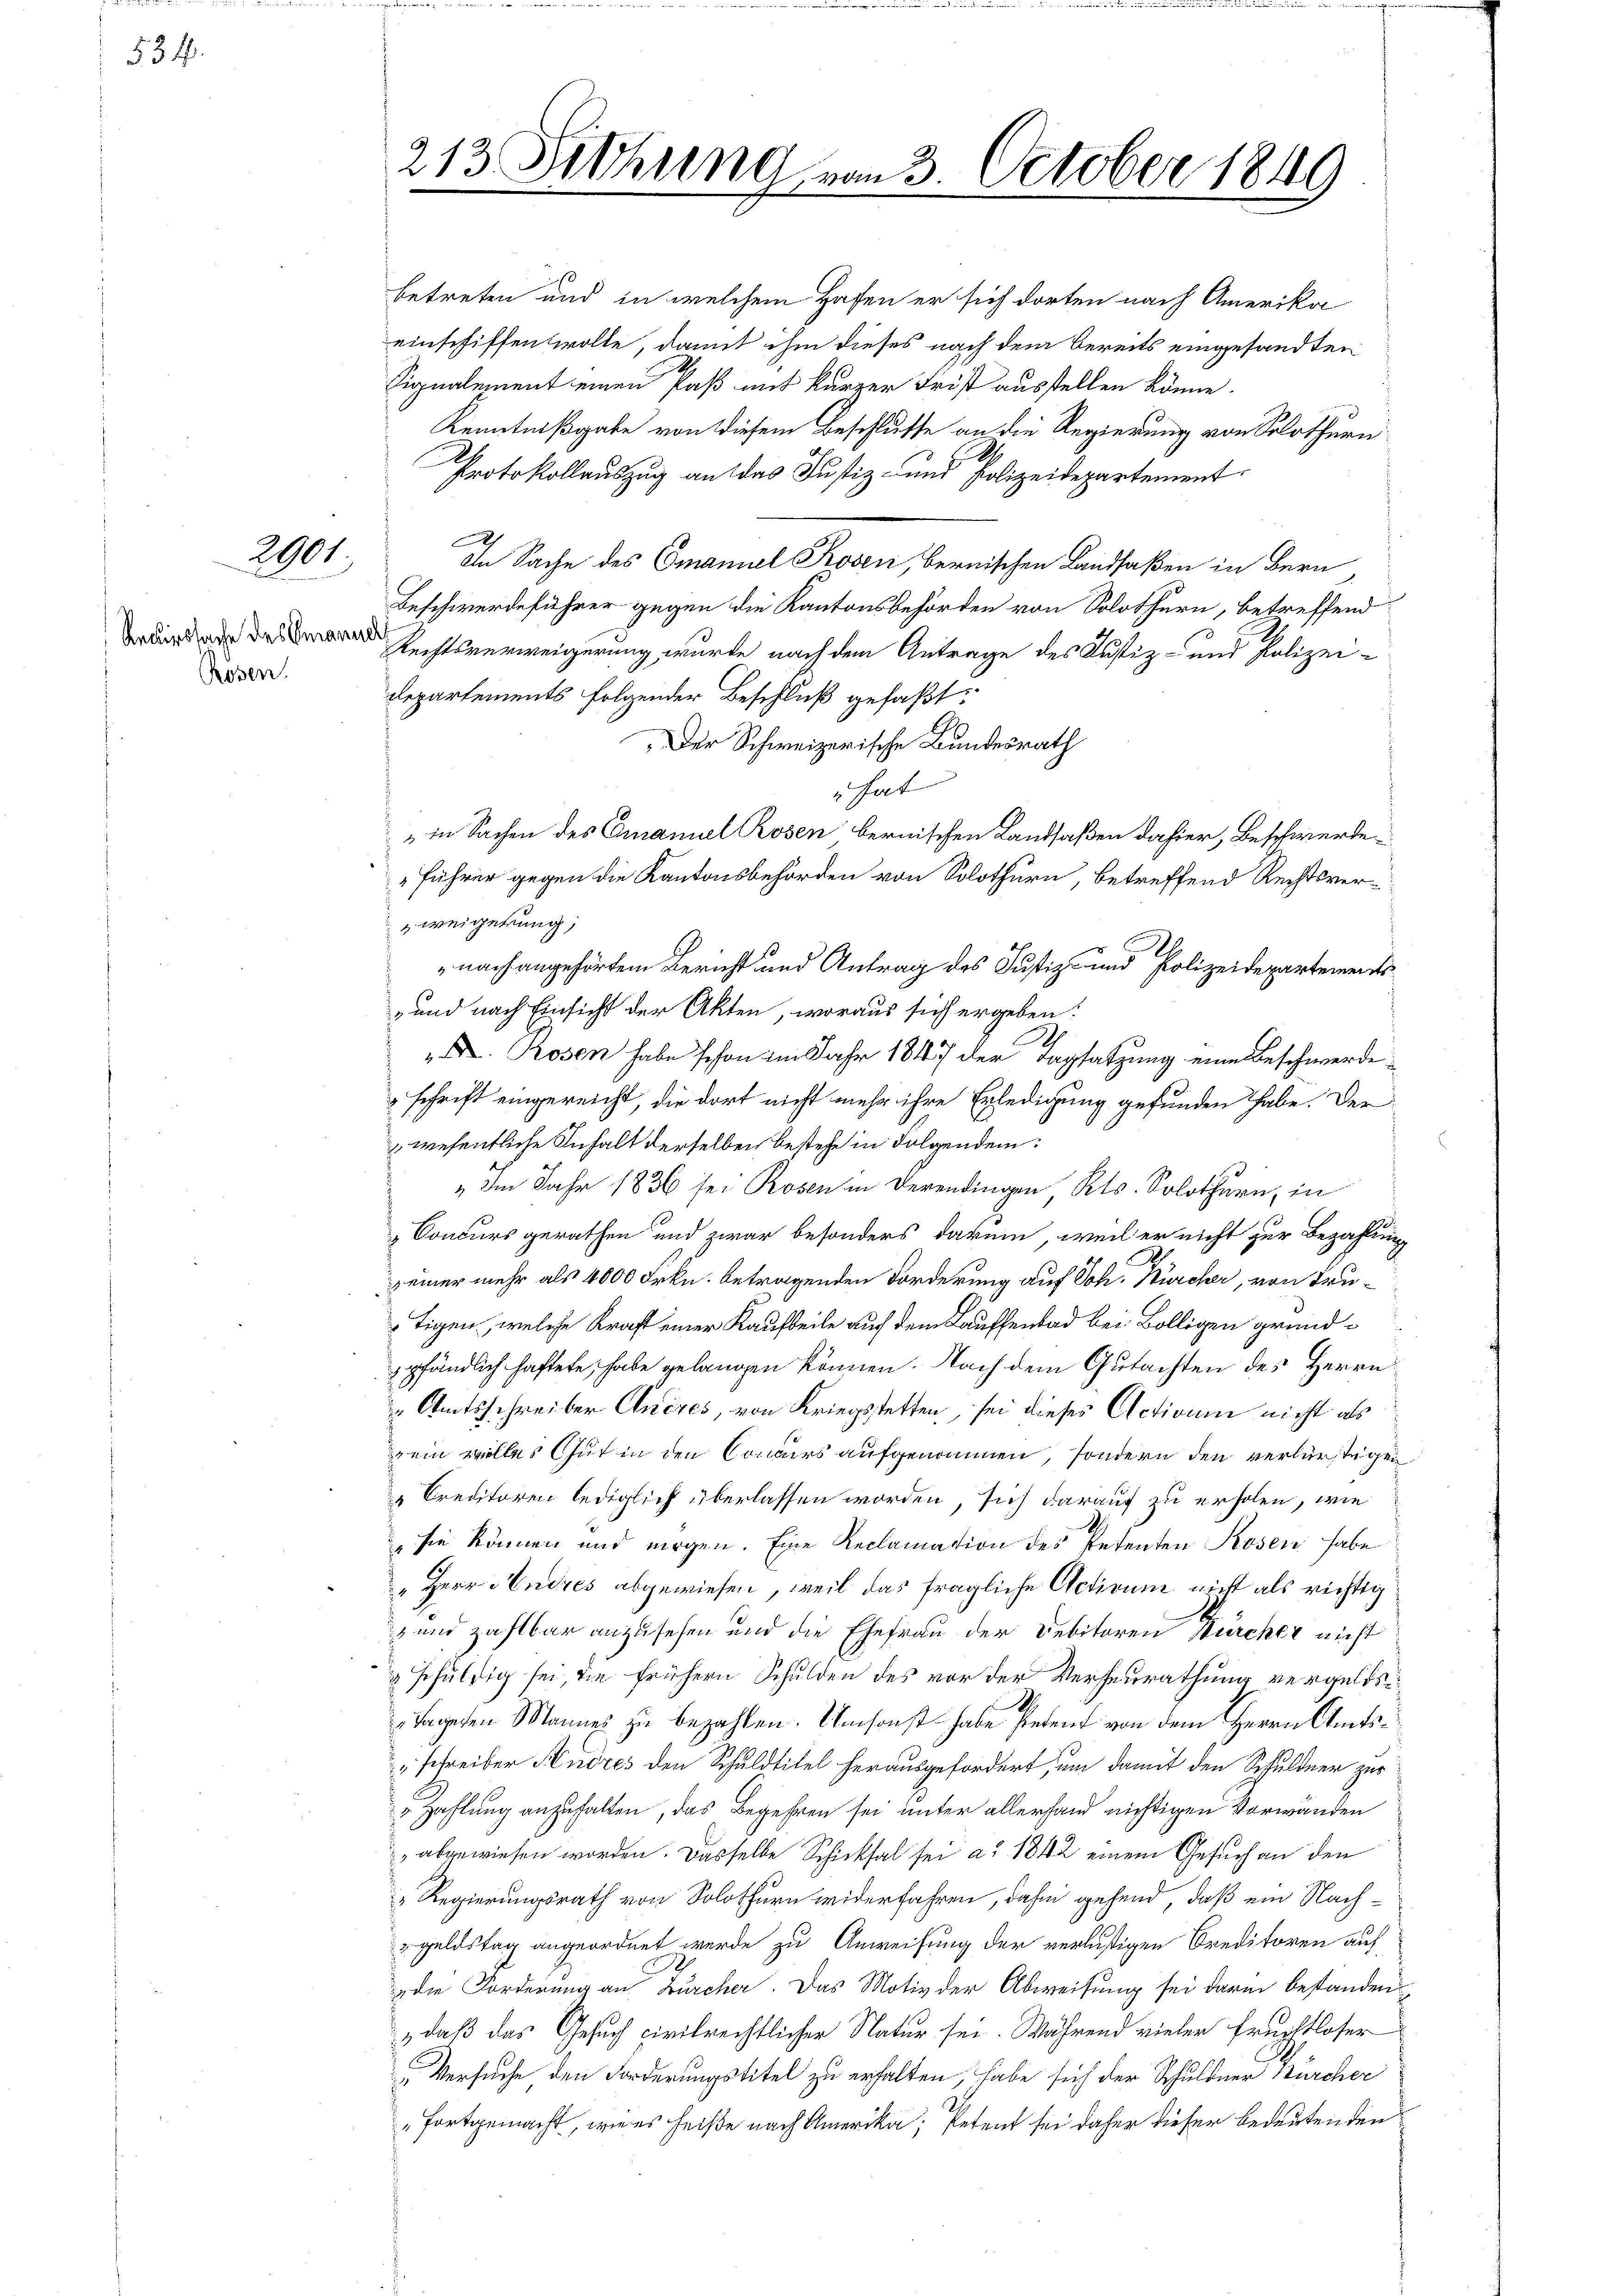
534.

2901

Recurssache des Emanuer
Rösen.

betreten und in welchem Hafen er sich dorten nach Amerika
einschiffen wolle, damit ihm dieses nach dem bereits eingesandten
Signalement einen Paß mit kurzer Frist ausstellen könne.
Kenntnißgabe von diesem Beschlusse an die Regierung von Solothurn
Protokollauszug an das Justiz- und Polizeidepartement
h
In Sache des Emanuel Rosen, bernischen Landsaßen in Bern
Beschwerdeführer gegen die Kantonsbehörden von Solothurn, betreffend
Rechtsverweigerung wurde nach dem Antrage des Justiz- und Polizei-
Departements folgender Beschluß gefaßt:
Der Schweizerische Bundesrath
" hat
" in Sachen des Emanuel Rosen bernischen Landsaßen dahier, Beschwerde
Führer gegen die Kantonsbehörden von Solothurn, betreffend Rechtsver¬
 Weigerung,
nach angehörden Bericht und Antrag des Justiz- und Polizeidepartements
und nach Einsicht der Akten, woraus sich ergeben:
2
" Dr. Rosen habe schon im Jahr 1847 der Tagsatzung eine Beschwerde
schrift eingereicht, die dort nicht mehr ihre Erledigung gefunden habe. Der
wesentliche Inhalt derselben bestehe in Folgendem:
„ Im Jahr 1836 sei Rosen in derendingen Kts. Solothurn, in
 Concurs gerathen und zwar besonders darum, weil er nicht zur Bezahlung
 einer mehr als 4000 Frkn. betragenden Forderung auf Joh. Bürcher, von Trutigen, welche Kraft einer Kaufteile auf dem Lauffenbad bei Bolligen grundpfändlich haftete, habe gelangen können. Nach dem Gutachten des Herrn
 Amtsschreiber Aneres, von Kriegsstetten, sei dieses Activum nicht als
ein wolles Gut in den Concurs aufgenommen, sondern den verlürstigen
Creditoren lediglich überlassen worden, sich darauf zu erholen, wie
sie können und nirgen. Eine Reclamation des Petenten Rosen habe
„Herr Andres abgewiesen, weil das fragliche Activum nicht als richtig
z und zahlbar anzusehen und die Ehefrau der Debitoren Bürcher nicht
 schuldig sei die frühern Schulden des vor der Verheurathung vergelesi¬
Tapeten Mannes zu bezahlen. Um sonst habe Petent von dem Herrn Amts¬
„schreiber Kudres den Schuldtitel herausgefordert, um damit den Schuldner zur
 Zahlung anzuhalten, das Begehren sei unter allerfand nichtigen Vorwänden
abgewiesen worden. Dasselbe Schicksal sei ad 1842 einem Gesuch an den
Regierungsrath von Solothurn widerfahren, dahin gehend, daß ein Nachgeldstag angeordnet werde zu Anweisung der verlustigen Creditoren auf
die Forderung an Zürcher. Das Motiv der Abweisung sei darin bestanden
„daß das Gesuch civilrechtlicher Natur sei. Während vieler Frechtloser
Versuche den Forderungstitel zu erhalten, habe sich der Schuldner Burcher
„Fortgemacht, wie es heiße nach Amerika, Petent sei daher dieser bedeutenden

213. Sitzung vom 3. October 1849